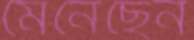
মেনেছেন